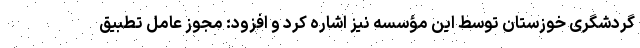
گردشگری خوزستان توسط این مؤسسه نیز اشاره کرد و افزود: مجوز عامل تطبیق